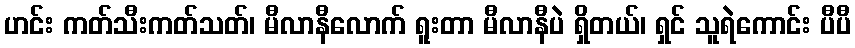
ဟင်း ကတ်သီးကတ်သတ်၊ မီလာနီလောက် ရူးတာ မီလာနီပဲ ရှိတယ်၊ ရှင် သူရဲကောင်း ပီပီ